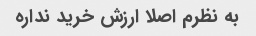
به نظرم اصلا ارزش خرید نداره